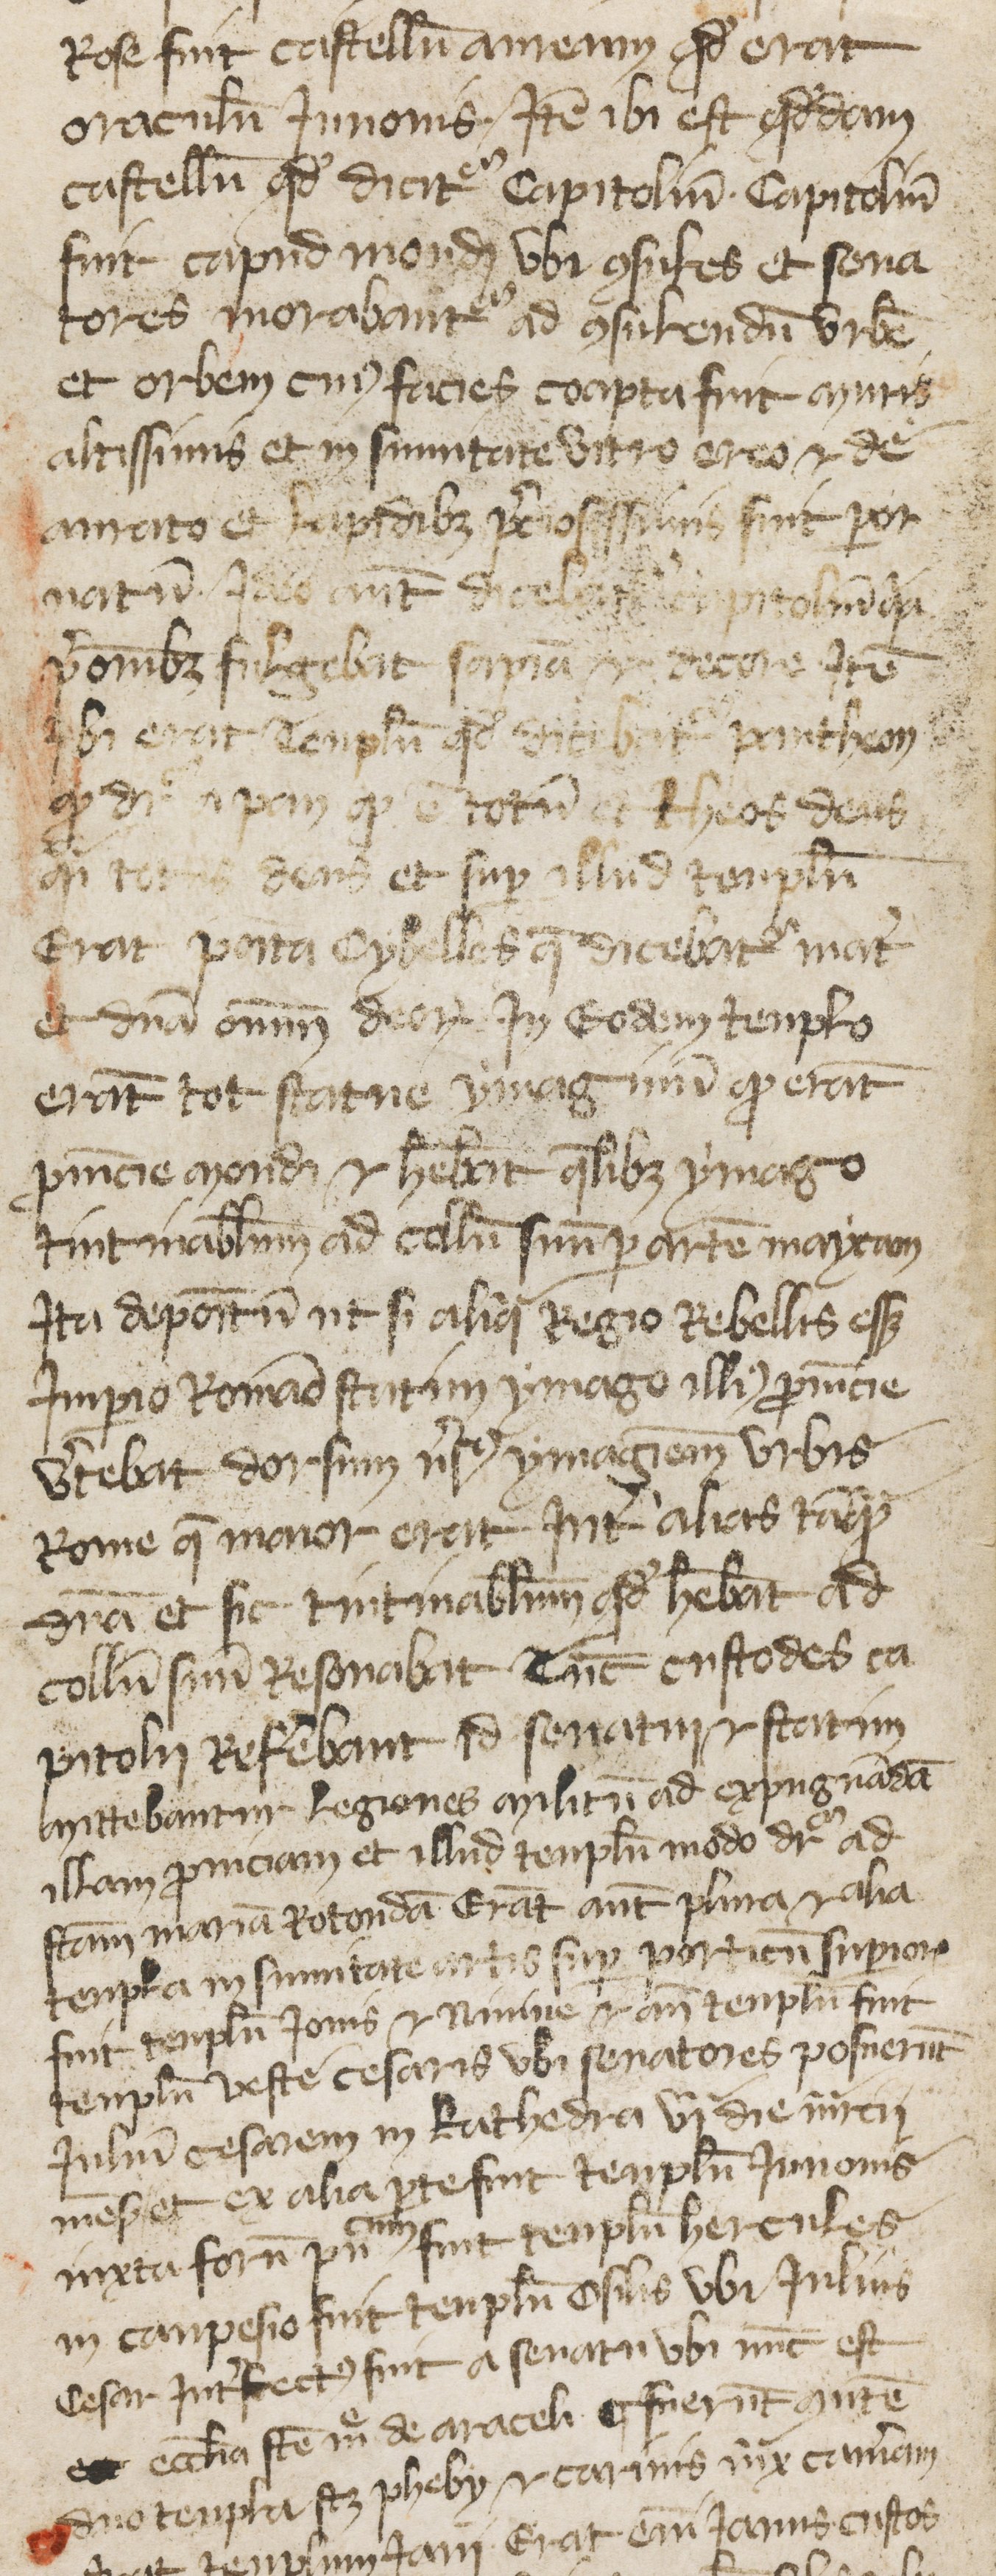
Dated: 1380–1399